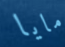
مايا